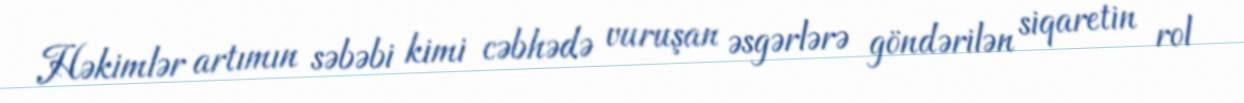
Həkimlər artımın səbəbi kimi cəbhədə vuruşan əsgərlərə göndərilən siqaretin rol